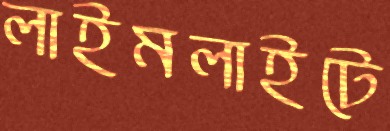
লাইমলাইটে